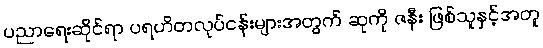
ပညာရေးဆိုင်ရာ ပရဟိတလုပ်ငန်းများအတွက် ဆုကို ဇနီး ဖြစ်သူနှင့်အတူ